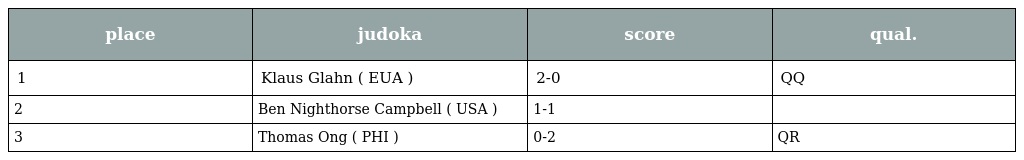
| place | judoka | score | qual. |
 | --- | --- | --- | --- |
 | 1 | Klaus Glahn ( EUA ) | 2-0 | QQ |
 | 2 | Ben Nighthorse Campbell ( USA ) | 1-1 |  |
 | 3 | Thomas Ong ( PHI ) | 0-2 | QR |